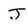
Character: J